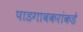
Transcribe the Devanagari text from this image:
पाडगावकरांकडे